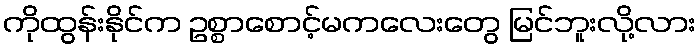
ကိုထွန်းနိုင်က ဥစ္စာစောင့်မကလေးတွေ မြင်ဘူးလို့လား